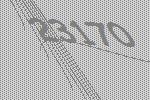
23170